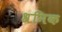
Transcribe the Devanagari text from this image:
श्रमिक